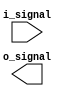
module IO_Block_LVCMOS (
    input i_signal,
    output o_signal
);

// Input buffer with voltage threshold and slew rate control
reg input_buffer;
assign input_buffer = i_signal;

// Output buffer with drive strength control
assign o_signal = output_buffer;

endmodule